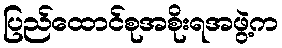
ပြည်ထောင်စုအစိုးရအဖွဲ့က